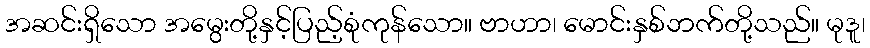
အဆင်းရှိသော အမွေးတို့နှင့်ပြည့်စုံကုန်သော။ ဗာဟာ၊ မောင်းနှစ်ဘက်တို့သည်။ မုဒူ၊